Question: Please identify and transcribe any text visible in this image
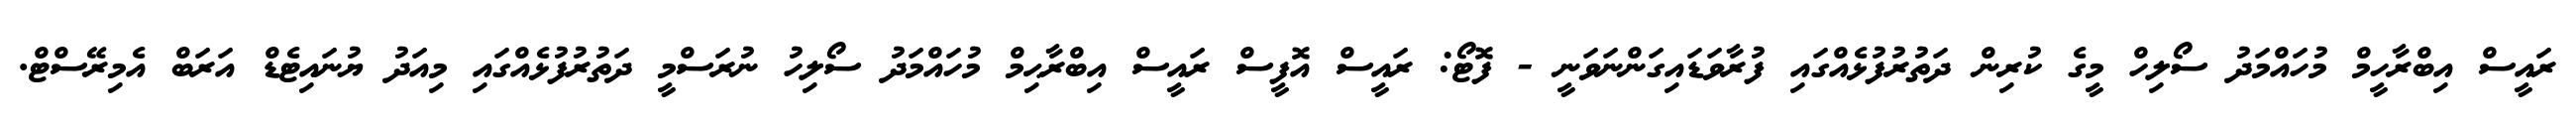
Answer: ރައީސް އިބްރާހީމް މުހައްމަދު ސޯލިހް މީގެ ކުރިން ދަތުރުފުޅެއްގައި ފުރާވަޑައިގަންނަވަނީ - ފޮޓޯ: ރައީސް އޮފީސް ރައީސް އިބްރާޙިމް މުހައްމަދު ސޯލިހު ނުރަސްމީ ދަތުރުފުޅެއްގައި މިއަދު ޔުނައިޓެޑް އަރަބް އެމިރޭސްޓް.